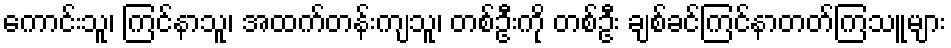
ကောင်းသူ၊ ကြင်နာသူ၊ အထက်တန်းကျသူ၊ တစ်ဦးကို တစ်ဦး ချစ်ခင်ကြင်နာတတ်ကြသူများ